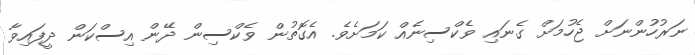
ނަރުހުންނަށް ޖެހުމަށް ގެނައި ވެކްސިނެއް ކަމަށެވެ. އެގޮތުން ވެކްސިން ދޭން އިސްކަން ދީފައިވާ